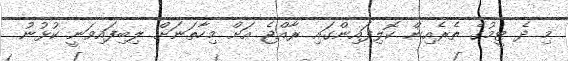
މި ދެ ޓީމުގެ ތެރެއިން ކޮލިފައިންގައި ރާއްޖެ އަށް މިހާތަނަށް ލިބިފައިވަނީ ކުޅުނު